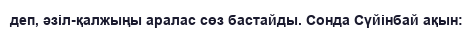
деп, әзіл-қалжыңы аралас сөз бастайды. Сонда Сүйінбай ақын: